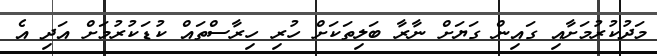
މަދުކުރުމަށާއި ގައިން ގަޔަށް ނާރާ ބަލިތަކަށް ހުރި ހިރާސްތައް ކުޑަކުރުމަށް އަދި އެ